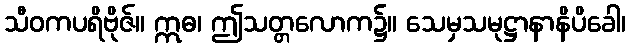
သီဝကပရိဗိုဇ်။ ဣဓ၊ ဤသတ္တလောက၌။ သေမှသမုဋ္ဌာနာနိပိခေါ၊